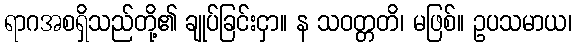
ရာဂအစရှိသည်တို့၏ ချုပ်ခြင်းငှာ။ န သဝတ္တတိ၊ မဖြစ်။ ဥပသမာယ၊